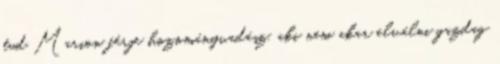
tud Marion férje hozományvadász, aki nem akar elválni gazdag